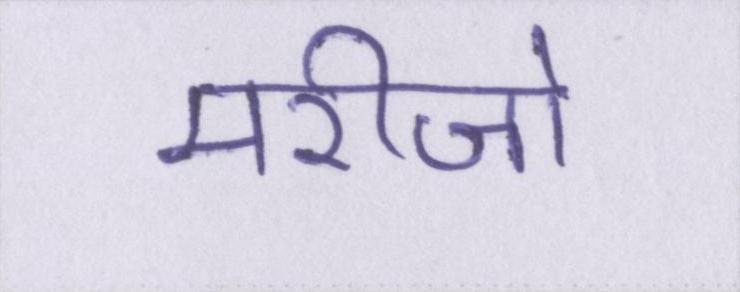
मरीजो